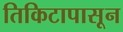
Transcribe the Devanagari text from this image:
तिकिटापासून